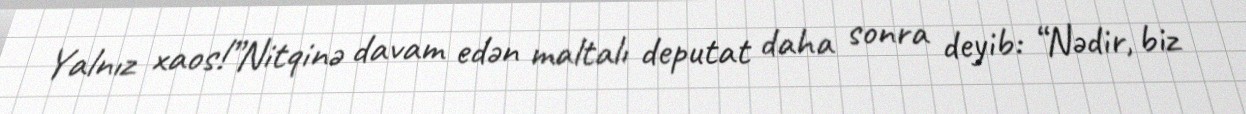
Yalnız xaos!”Nitqinə davam edən maltalı deputat daha sonra deyib: “Nədir, biz